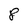
Character: 8